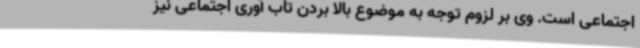
اجتماعی است. وی بر لزوم توجه به موضوع بالا بردن تاب آوری اجتماعی نیز